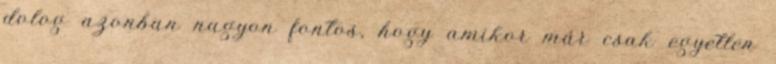
dolog azonban nagyon fontos, hogy amikor már csak egyetlen